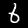
Label: 6